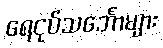
ရေငုပ်သင်္ဘောများ